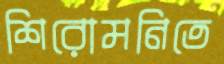
শিরোমনিতে